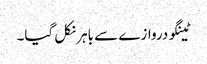
ٹینگو دروازے سے باہر نکل گیا۔